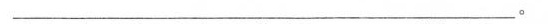
___。